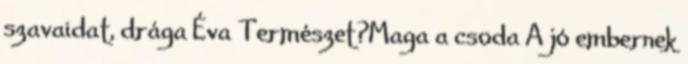
szavaidat, drága Éva Természet?Maga a csoda A jó embernek